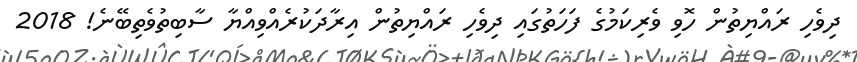
ދިވެހި ރައްޔިތުން ހޮވި ވެރިކަމުގެ ފަހަތުގައި ދިވެހި ރައްޔިތުން އިރާދަކުރެއްވިއްޔާ ސާބިތުވެތިބޭނެ! 2018